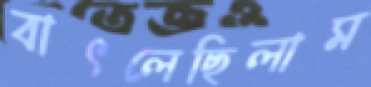
বাৎলেছিলাম